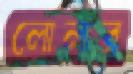
লোলার